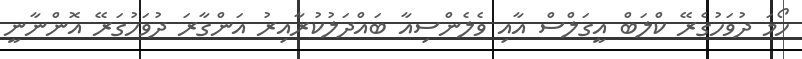
ހޯމަ ދުވަހުގެރޭ ކްލަބް އީގަލްސް އާއި ވެލެންސިއާ ބައްދަލުކުރާއިރު އަންގާރަ ދުވަހުގަރޭ އޮންނާނީ